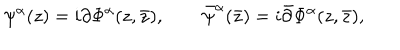
\psi ^ { \alpha } ( z ) = i \partial \Phi ^ { \alpha } ( z , \bar { z } ) , \qquad \bar { \psi } ^ { \alpha } ( \bar { z } ) = i \bar { \partial } \Phi ^ { \alpha } ( z , \bar { z } ) ,